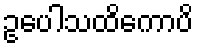
ဥပေါသထိကောပိ